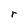
Character: r